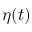
\eta ( t )